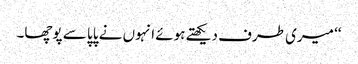
‘‘ میری طرف دیکھتے ہوئے انہوں نے پاپا سے پوچھا۔